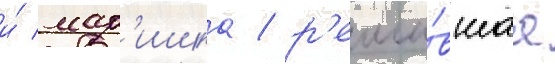
и́ мар'ишка / р'еши́вшаа